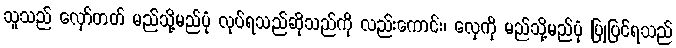
သူသည် လှော်တတ် မည်သို့မည်ပုံ လုပ်ရသည်ဆိုသည်ကို လည်းကောင်း၊ လှေကို မည်သို့မည်ပုံ ပြုပြင်ရသည်